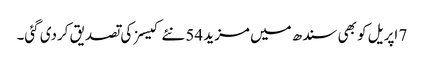
7 اپریل کو بھی سندھ میں مزید 54 نئے کیسز کی تصدیق کردی گئی۔